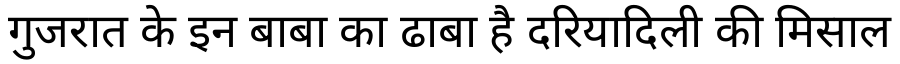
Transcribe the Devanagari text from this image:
गुजरात के इन बाबा का ढाबा है दरियादिली की मिसाल